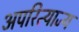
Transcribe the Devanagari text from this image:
अपरित्याज्य